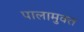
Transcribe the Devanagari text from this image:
पालामुक्त